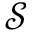
\mathcal { S }